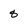
Character: 8